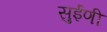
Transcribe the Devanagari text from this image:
सुईणी